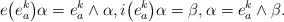
LaTeX: \begin{gather*}e\big(e_{a}^{k}\big)\alpha=e_{a}^{k}\wedge\alpha,i\big(e_{a}^{k}\big)\alpha=\beta, \alpha=e_{a}^{k}\wedge\beta.\end{gather*}